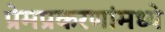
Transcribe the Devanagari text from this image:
प्रेमप्रकरणांमध्ये